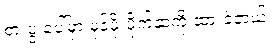
စားပွဲ ပေါ်မှာ မုန့်ဖိုးပိုက်ဆံကို ထားခဲ့တယ်။